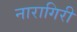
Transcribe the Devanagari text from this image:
नारागिरी